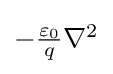
{\textstyle -{\frac {\varepsilon _{0}}{q}}\nabla ^{2}}